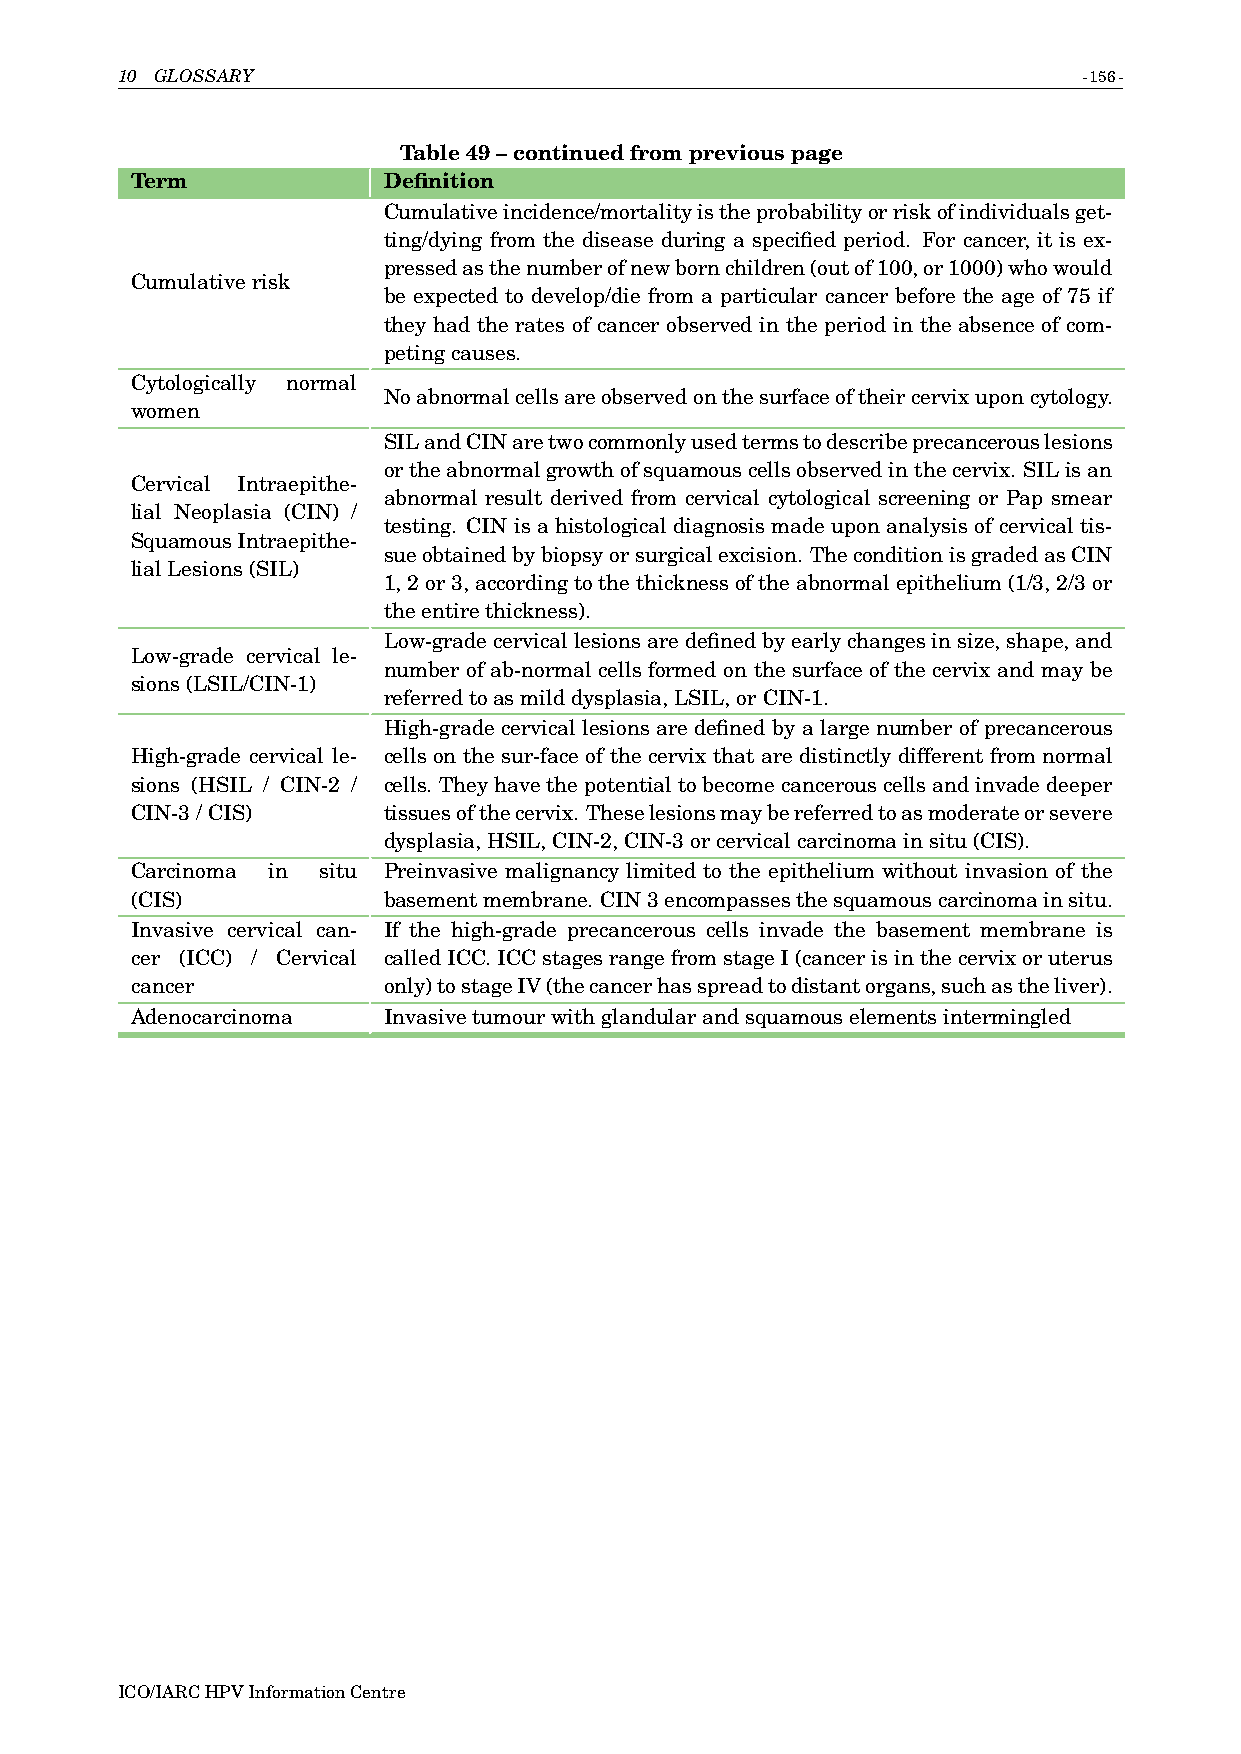
10 GLOSSARY                                                     -156-
 Table49–continuedfrompreviouspage
 Term            Definition
 Cumulativeincidence/mortalityistheprobabilityorriskofindividualsget-
 ting/dying from the disease during a specified period. For cancer, it is ex-
 pressedasthenumberofnewbornchildren(outof100,or1000)whowould
 Cumulativerisk
 be expected to develop/die from a particular cancer before the age of 75 if
 they had the rates of cancer observed in the period in the absence of com-
 petingcauses.
 Cytologically normal
 Noabnormalcellsareobservedonthesurfaceoftheircervixuponcytology.
 women
 SILandCINaretwocommonlyusedtermstodescribeprecancerouslesions
 ortheabnormalgrowthofsquamouscellsobservedinthecervix. SILisan
 Cervical Intraepithe-
 abnormal result derived from cervical cytological screening or Pap smear
 lial Neoplasia (CIN) /
 testing. CIN is a histological diagnosis made upon analysis of cervical tis-
 SquamousIntraepithe-
 sueobtainedbybiopsyorsurgicalexcision. TheconditionisgradedasCIN
 lialLesions(SIL)
 1,2or3,accordingtothethicknessoftheabnormalepithelium(1/3,2/3or
 theentirethickness).
 Low-gradecervicallesionsaredefinedbyearlychangesinsize,shape,and
 Low-grade cervical le-
 number of ab-normal cells formed on the surface of the cervix and may be
 sions(LSIL/CIN-1)
 referredtoasmilddysplasia,LSIL,orCIN-1.
 High-grade cervical lesions are defined by a large number of precancerous
 High-grade cervical le- cells on the sur-face of the cervix that are distinctly different from normal
 sions (HSIL / CIN-2 / cells. Theyhavethepotentialtobecomecancerouscellsandinvadedeeper
 CIN-3/CIS)      tissuesofthecervix. Theselesionsmaybereferredtoasmoderateorsevere
 dysplasia,HSIL,CIN-2,CIN-3orcervicalcarcinomainsitu(CIS).
 Carcinoma in situ Preinvasive malignancy limited to the epithelium without invasion of the
 (CIS)           basementmembrane. CIN3encompassesthesquamouscarcinomainsitu.
 Invasive cervical can- If the high-grade precancerous cells invade the basement membrane is
 cer (ICC) / Cervical calledICC.ICCstagesrangefromstageI(cancerisinthecervixoruterus
 cancer          only)tostageIV(thecancerhasspreadtodistantorgans,suchastheliver).
 Adenocarcinoma  Invasivetumourwithglandularandsquamouselementsintermingled
 ICO/IARCHPVInformationCentre